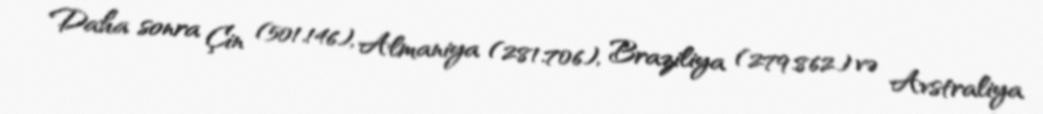
Daha sonra Çin (501.146), Almaniya (281.706), Braziliya (279.862) və Avstraliya